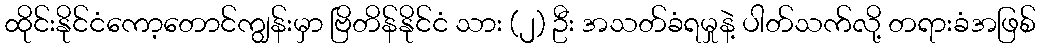
ထိုင်းနိုင်ငံကော့တောင်ကျွန်းမှာ ဗြိတိန်နိုင်ငံ သား (၂) ဦး အသတ်ခံရမှုနဲ့ ပါတ်သက်လို့ တရားခံအဖြစ်